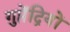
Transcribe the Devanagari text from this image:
गुप्तेंद्रियों